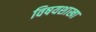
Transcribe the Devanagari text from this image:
विषयशाखा